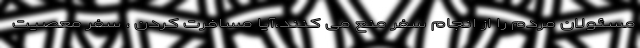
مسئولان مردم را از انجام سفر منع می کنند،آیا مسافرت کردن ، سفر معصیت